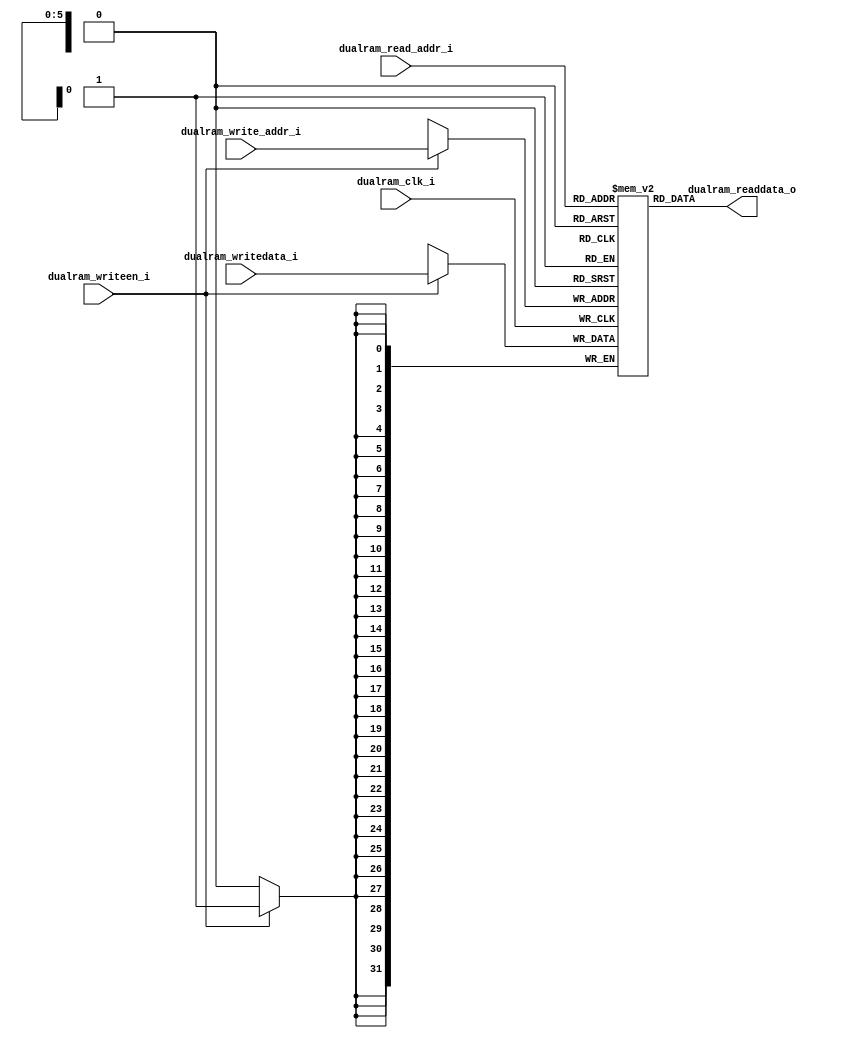
`timescale 1ns / 1ps
/********************************************************************************
Bootstrap DCILAB 2017
Instituto Tecnolgico de Costa Rica

Diego Salazar Sibaja

Modulo: RAM

Descripcin general: RAM auxiliar para la unidad FIFO.

*********************************************************************************/
module ram_dual#( parameter ADDRESS_WIDTH = 6, DATA_WIDTH = 32)(dualram_clk_i, dualram_writeen_i, dualram_read_addr_i, dualram_write_addr_i, 
																dualram_writedata_i, dualram_readdata_o);

input 	wire 						dualram_clk_i;                                            // clk for synchronous read/write 
input 	wire 						dualram_writeen_i;                                        // signal to enable synchronous write
input 	wire [ADDRESS_WIDTH-1:0] 	dualram_read_addr_i, dualram_write_addr_i; // inputs for dual port addresses
input 	wire [DATA_WIDTH-1:0]  		dualram_writedata_i;                 // input for data to write to ram
output 	wire [DATA_WIDTH-1:0]  		dualram_readdata_o;  // outputs for dual data ports


// internal signal declarations
reg [DATA_WIDTH-1:0] ram [0:2**ADDRESS_WIDTH-1];             // ADDRESS_WIDTH x DATA_WIDTH RAM declaration
reg [ADDRESS_WIDTH-1:0] read_address_reg; // dual port address declarations
	
	// synchronous write and address update
always @(posedge dualram_clk_i)begin
	if(dualram_writeen_i)begin						 // if write enabled
	   ram[dualram_write_addr_i] <= dualram_writedata_i; // write data to ram and write_address 
	end
	read_address_reg  <= dualram_read_addr_i;      // store read_address to reg
end
	
	// assignments for two data out ports
assign  dualram_readdata_o = ram[dualram_read_addr_i];

endmodule